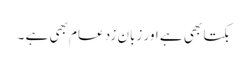
بکتا بھی ہے اور زبان زد عام بھی ہے ۔